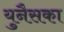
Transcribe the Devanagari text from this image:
युनैसका